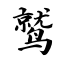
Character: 鹫